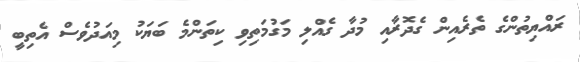
ރައްޔިތުންގެ ތެރެއިން ގެދޮރާއި މުދާ ގެއްލި މަގުމަތިވި ކިތަންމެ ބަޔަކު މިއަދުވެސް އެތިބީ